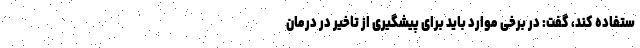
ستفاده کند، گفت: در برخی موارد باید برای پیشگیری از تاخیر در درمان